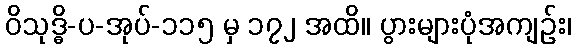
ဝိသုဒ္ဓိ-ပ-အုပ်-၁၁၅ မှ ၁၇၂ အထိ။ ပွားများပုံအကျဉ်း၊